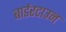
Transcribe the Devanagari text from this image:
बार्डरटाउन